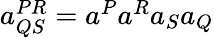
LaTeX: \begin{array}{r}{a_{QS}^{PR}=a^{P}a^{R}a_{S}a_{Q}}\end{array}